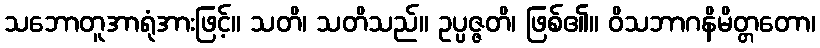
သဘောတူအာရုံအားဖြင့်။ သတိ၊ သတိသည်။ ဥပ္ပဇ္ဇတိ၊ ဖြစ်၏။ ဝိသဘာဂနိမိတ္တတော၊